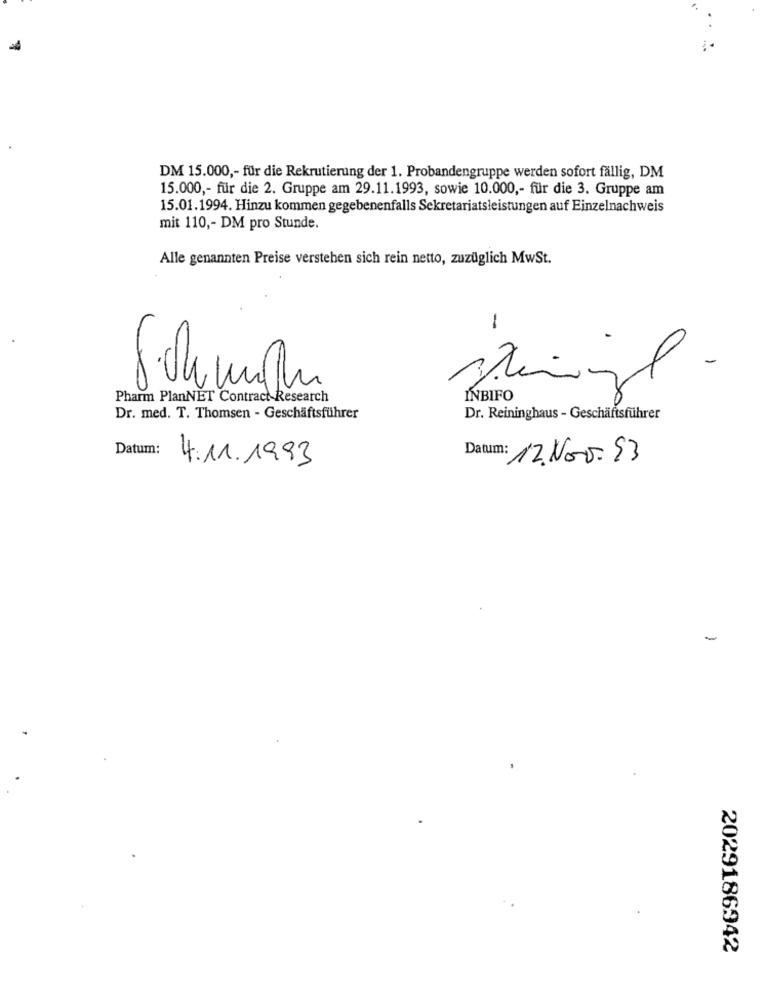
DM 15.000 ,- für die Rekrutierung der 1. Probandengruppe werden sofort fällig, DM
15.000 ,- für die 2. Gruppe am 29.11.1993, sowie 10.000 ,- für die 3. Gruppe am
15.01.1994. Hinzu kommen gegebenenfalls Sekretariatsleistungen auf Einzelnachweis
mit 110 ,- DM pro Stunde.
Alle genannten Preise verstehen sich rein netto, zuzüglich MwSt.
-
8.04 mln
Pharm PlanNET Contract Research
INBIFO
Dr. med. T. Thomsen - Geschäftsführer
Dr. Reininghaus - Geschäftsführer
Datum:
4.11.1993
Datum: 12.Nov.53
-
2029186942